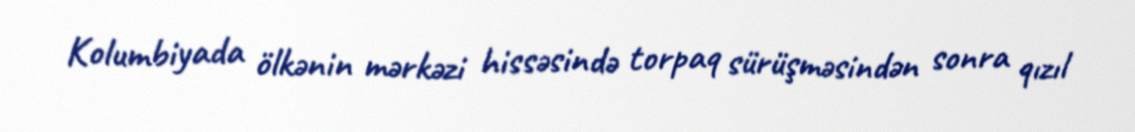
Kolumbiyada ölkənin mərkəzi hissəsində torpaq sürüşməsindən sonra qızıl